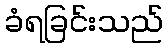
ခံရခြင်းသည်